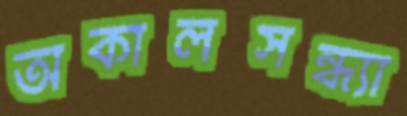
অকালসন্ধ্যা